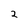
Character: 2